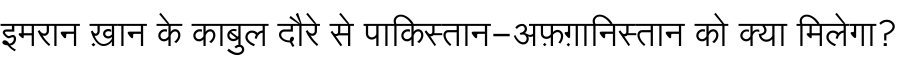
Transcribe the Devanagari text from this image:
इमरान ख़ान के काबुल दौरे से पाकिस्तान-अफ़ग़ानिस्तान को क्या मिलेगा?